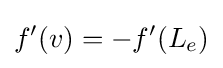
f'(v)=-f'(L_{e})